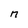
Character: n